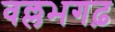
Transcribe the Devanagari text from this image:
वल्लभगढ़